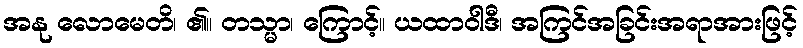
အနု လောမေတိ၊ ၏။ တသ္မာ၊ ကြောင့်။ ယထာဝါဒီ၊ အကြင်အခြင်းအရာအားဖြင့်